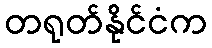
တရုတ်နိုင်ငံက